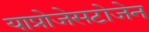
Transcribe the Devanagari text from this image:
याप्रोजेसटोजेन